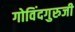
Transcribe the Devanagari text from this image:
गोविंदगुरुजी